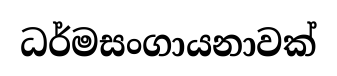
ධර්මසංගායනාවක්